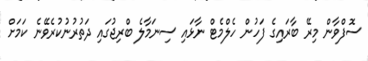
ސޮފްވާން މިރޭ ބާރައިގެ ފަހުން ހެލްމެޓް ނާޅައި ސިނަމާލެ ބްރިޖުގައި ދަތުރުނުކުރެވޭނެ ކަމަށް